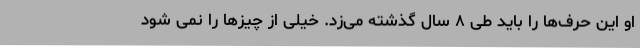
او این حرف‌ها را باید طی ۸ سال گذشته می‌زد. خیلی از چیزها را نمی شود